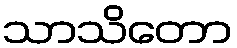
သာသိတော